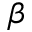
\beta